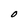
Character: O